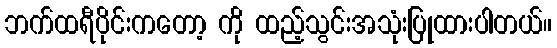
ဘက်ထရီပိုင်းကတော့ ကို ထည့်သွင်းအသုံးပြုထားပါတယ်။